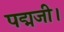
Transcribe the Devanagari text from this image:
पद्मजी।